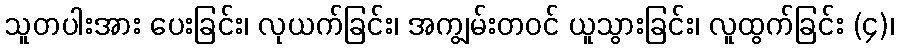
သူတပါးအား ပေးခြင်း၊ လုယက်ခြင်း၊ အကျွမ်းတဝင် ယူသွားခြင်း၊ လူထွက်ခြင်း (၄)၊